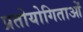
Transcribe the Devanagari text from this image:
प्रतोयोगिताओं